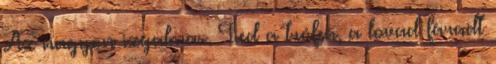
Az nagyon izgalmas. Tied a trófea, a lovad fáradt